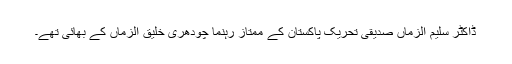
ڈاکٹر سلیم الزماں صدیقی تحریک پاکستان کے ممتاز رہنما چودھری خلیق الزماں کے بھائی تھے۔